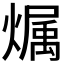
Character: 𪹳